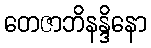
တေဇာဘိနန္ဒိနော